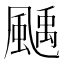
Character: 𩘉